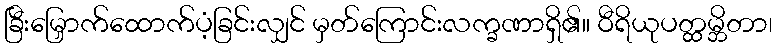
ခြီးမြှောက်ထောက်ပံ့ခြင်းလျှင် မှတ်ကြောင်းလက္ခဏာရှိ၏။ ဝီရိယုပတ္ထမ္ဘိတာ၊